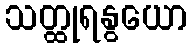
သတ္ထုရနွယော